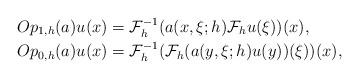
LaTeX: \begin{align*}&Op_{1,h}(a)u(x)=\mathcal{F}_h^{-1}(a(x,\xi;h)\mathcal{F}_h u(\xi))(x), \\&Op_{0,h}(a)u(x)=\mathcal{F}_h^{-1}(\mathcal{F}_h (a(y,\xi;h)u(y))(\xi))(x),\end{align*}